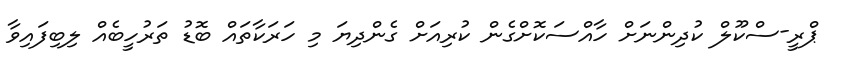
ޕްރީ-ސްކޫލް ކުދިންނަށް ހާއްސަކޮށްގެން ކުރިއަށް ގެންދިޔަ މި ހަރަކާތައް ބޮޑު ތަރުހީބެއް ލިބިފައިވާ